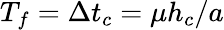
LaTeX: T_{f}=\Delta t_{c}=\mu h_{c}/a